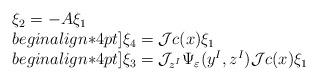
LaTeX: \begin{align*}\begin{array}{l}\xi_2=-A\xi_1\\begin{align*}4pt]\xi_4={\cal J}c(x)\xi_1\\begin{align*}4pt]\xi_3={\cal J}_{z^I}\Psi_{\varepsilon}(y^I,z^I){\cal J}c(x)\xi_1\end{array}\end{align*}